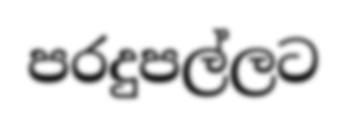
පරදුපල්ලට